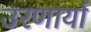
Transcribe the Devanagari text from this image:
उरणार्या